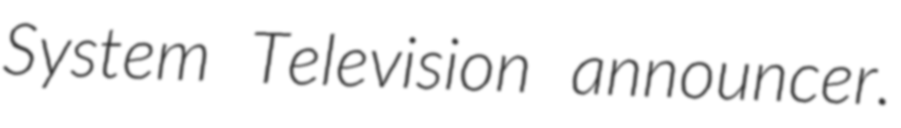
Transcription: System Television announcer.